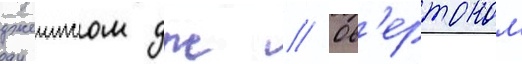
джеимсом дж // Ов'ертоном